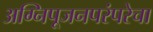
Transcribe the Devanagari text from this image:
अग्निपूजनपरंपरेचा